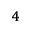
^ { 4 }